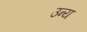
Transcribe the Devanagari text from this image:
उन्य